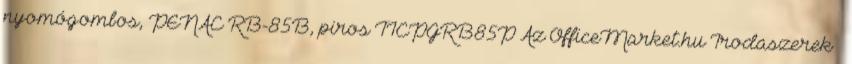
nyomógombos, PENAC RB-85B, piros TICPGRB85P Az OfficeMarket.hu Irodaszerek